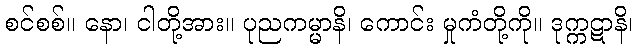
စင်စစ်။ နော၊ ငါတို့အား။ ပုညကမ္မာနိ၊ ကောင်း မှုကံတို့ကို။ ဒုက္ကဋာနိ၊